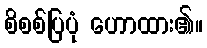
စိစစ်ပြပုံ ဟောထား၏။